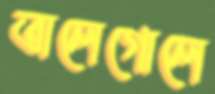
তালেগোলে